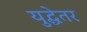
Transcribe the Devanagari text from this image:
युद्धेतर